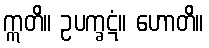
ဣတိ။ ဥပက္ခဋံ။ ဟောတိ။